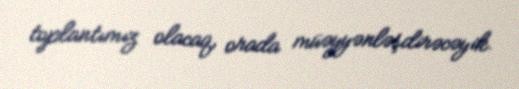
toplantımız olacaq, orada müəyyənləşdirəcəyik.